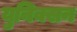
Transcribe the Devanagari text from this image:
युनिक्सन